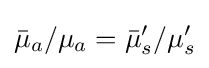
{\bar {\mu }}_{a}/\mu _{a}={\bar {\mu }}_{s}'/\mu _{s}'